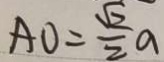
A O = \frac { \sqrt { 2 } } { 2 } a